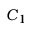
C _ { 1 }